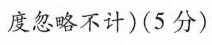
度忽略不计)(5分)